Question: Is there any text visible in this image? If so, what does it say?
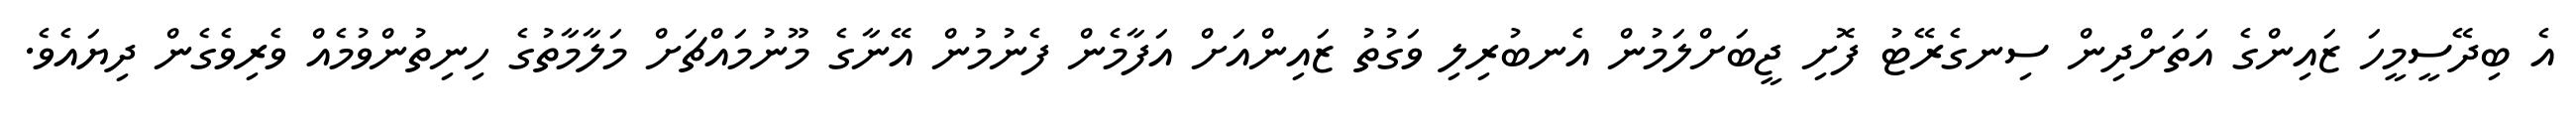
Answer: އެ ބިދޭސީމީހަ ޒައިންގެ އަތަށްދިން ސިނގެރޭޓު ފޮށި ޖީބަށްލަމުން އެނބުރިލި ވަގުތު ޒައިންއަށް އަފާމެން ފެނުމުން އޭނާގެ މޫނުމައްޗަށް މަލާމާތުގެ ހިނިތުންވުމެއް ވެރިވެގެން ދިޔައެވެ.